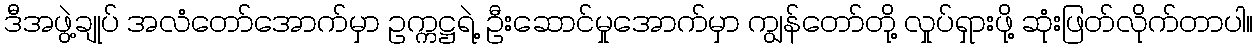
ဒီအဖွဲ့ချုပ် အလံတော်အောက်မှာ ဥက္ကဋ္ဌရဲ့ ဦးဆောင်မှုအောက်မှာ ကျွန်တော်တို့ လှုပ်ရှားဖို့ ဆုံးဖြတ်လိုက်တာပါ။